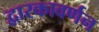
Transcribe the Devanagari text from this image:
द्वारकावर्णन